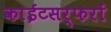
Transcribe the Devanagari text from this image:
काईटसर्फरों